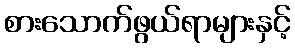
စားသောက်ဖွယ်ရာများနှင့်